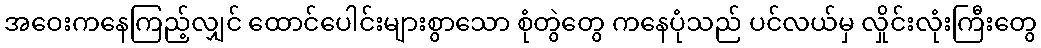
အဝေးကနေကြည့်လျှင် ထောင်ပေါင်းများစွာသော စုံတွဲတွေ ကနေပုံသည် ပင်လယ်မှ လှိုင်းလုံးကြီးတွေ